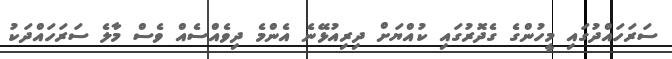
ސަރަހައްދުގައި މީހުންގެ ގެދޮރުގައި ކުއްޔަށް ދިރިއުޅޭނެ އެންމެ ދިވެއްސެއް ވެސް މާލެ ސަރަހައްދަކު